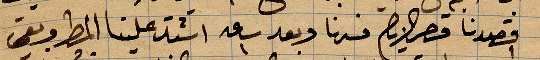
قصدنا قصر ... فسرنا وبعد ساعة ١ اشتد علينا المطر وبقي